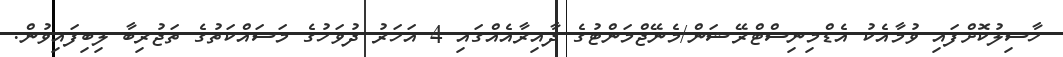
ހާސިލުކޮށްފައި ވުމާއެކު އެޑްމިނިސްޓްރޭޝަން/މެނޭޖްމަންޓުގެ ދާއިރާއެއްގައި 4 އަހަރު ދުވަހުގެ މަސައްކަތުގެ ތަޖުރިބާ ލިބިފައިވުން.